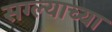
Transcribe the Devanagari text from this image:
सग्ल्याच्या